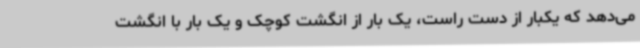
می‌دهد که یکبار از دست راست، یک بار از انگشت کوچک و یک بار با انگشت